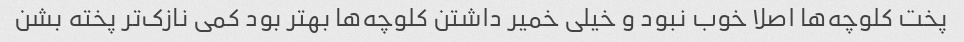
پخت کلوچه‌ها اصلا خوب نبود و خیلی خمیر داشتن کلوچه‌ها بهتر بود کمی نازک‌تر پخته بشن